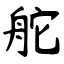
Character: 舵